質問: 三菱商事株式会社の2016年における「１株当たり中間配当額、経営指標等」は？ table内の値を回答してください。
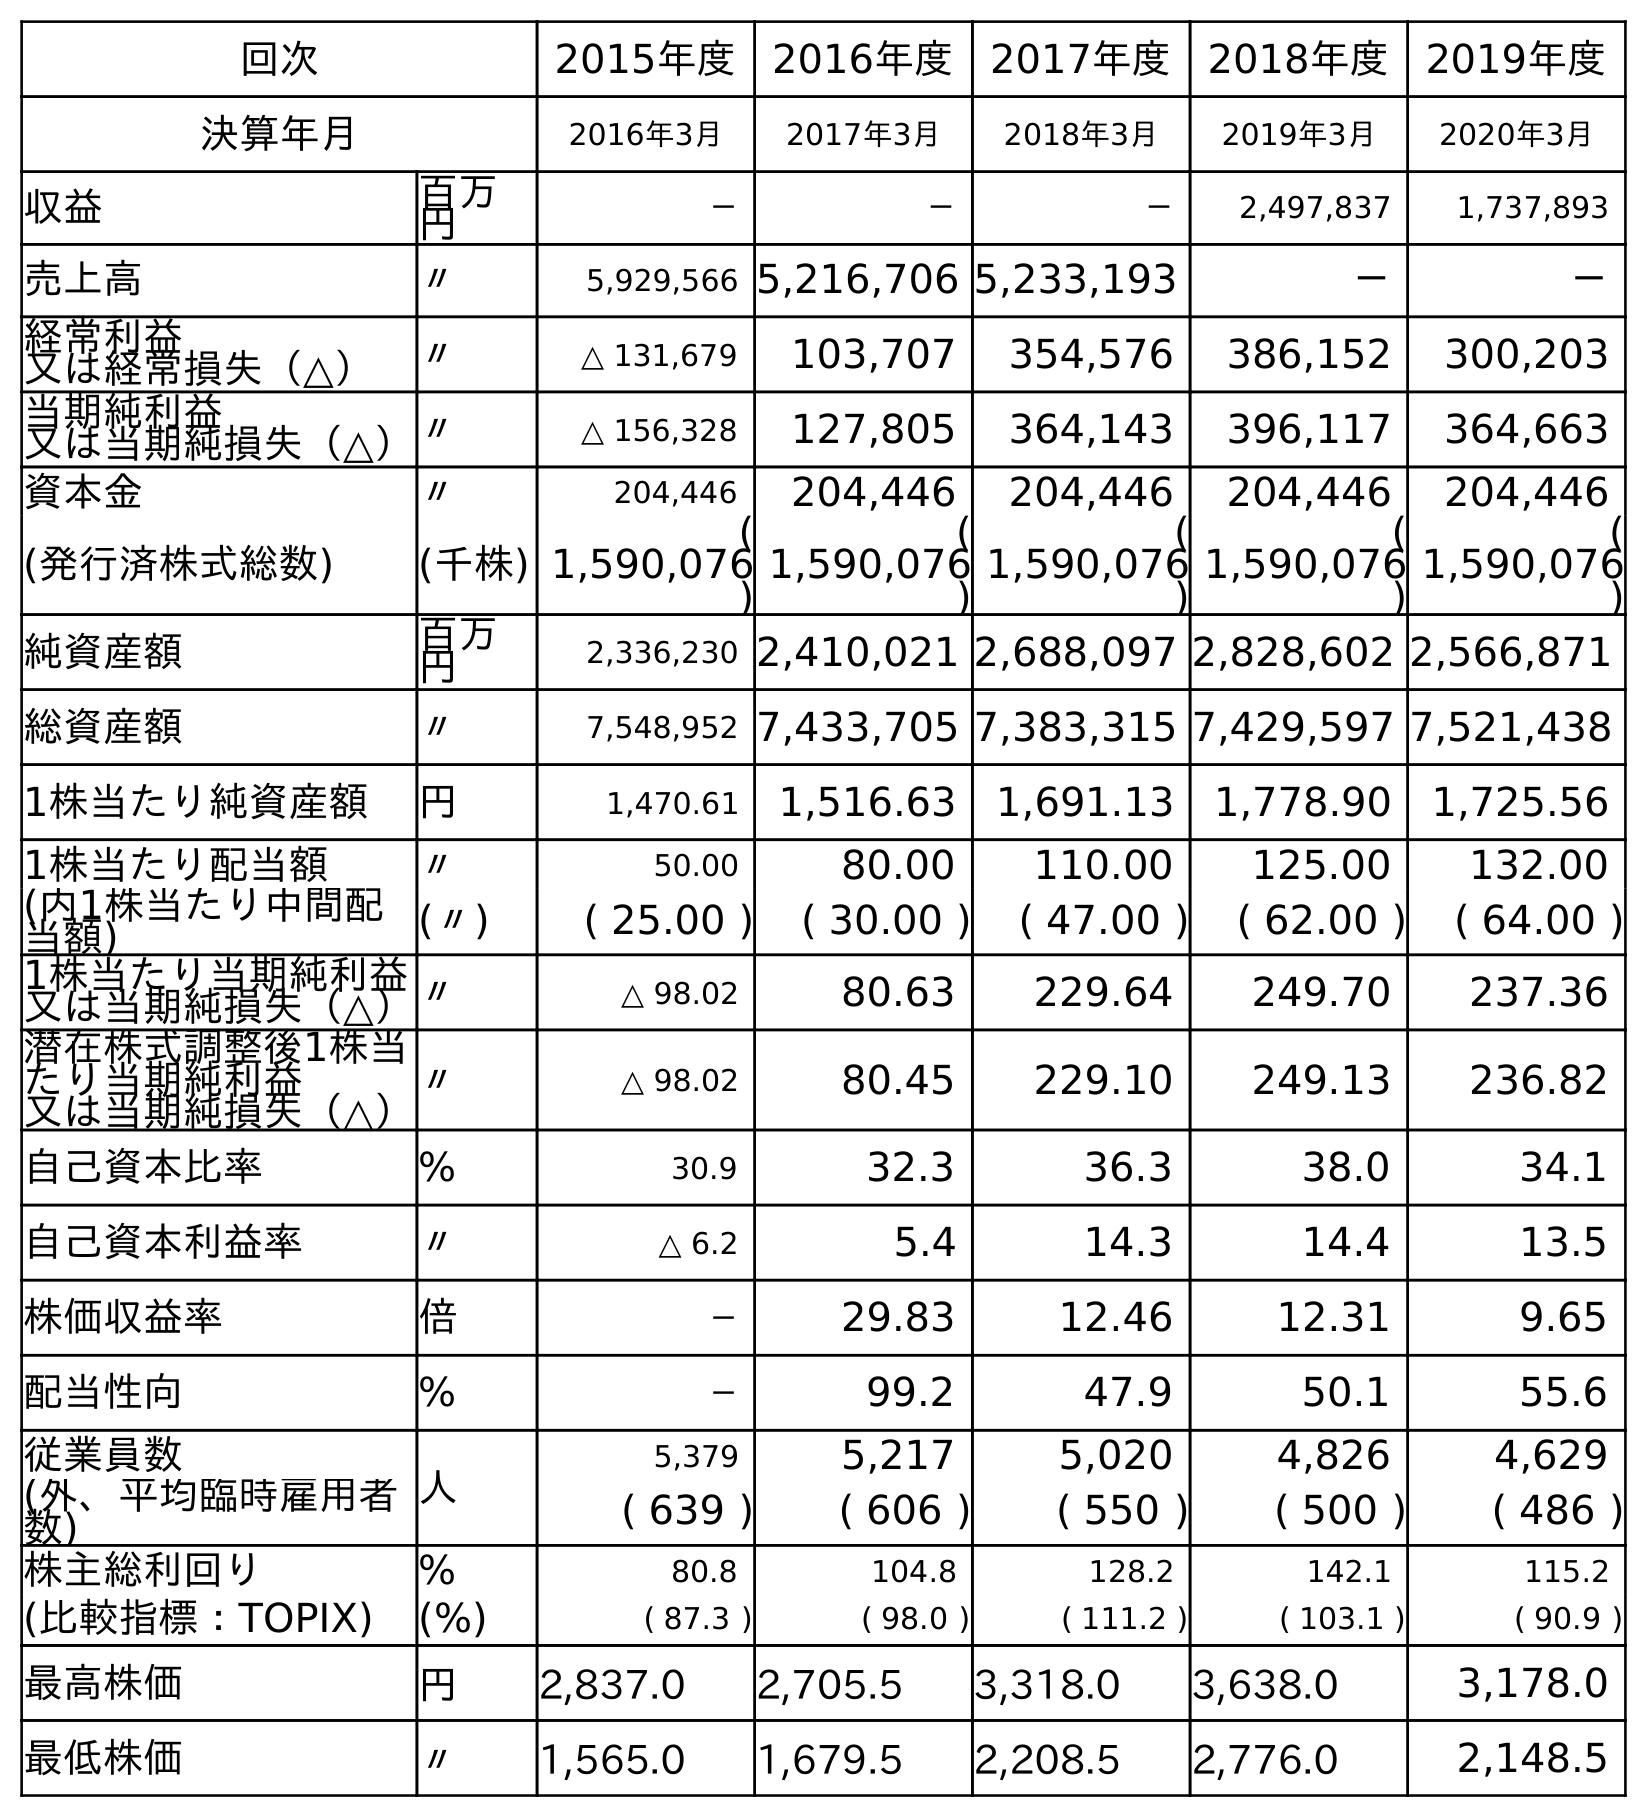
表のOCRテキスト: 回次 2015年度 2016年度 2017年度 2018年度 2019年度 決算年月 2016年3月 2017年3月 2018年3月 2019年3月 2020年3月 収益 百万 円 － － － 2,497,837 1,737,893 売上高 〃 5,929,566 5,216,706 5,233,193 － － 経常利益 又は経常損失（△） 〃 △ 131,679 103,707 354,576 386,152 300,203 当期純利益 又は当期純損失（△）〃 △ 156,328 127,805 364,143 396,117 364,663 資本金 〃 204,446 204,446 204,446 204,446 204,446 (発行済株式総数) (千株) ( 1,590,076 ) ( 1,590,076 ) ( 1,590,076 ) ( 1,590,076 ) ( 1,590,076 ) 純資産額 百万 円 2,336,230 2,410,021 2,688,097 2,828,602 2,566,871 総資産額 〃 7,548,952 7,433,705 7,383,315 7,429,597 7,521,438 1株当たり純資産額 円 1,470.61 1,516.63 1,691.13 1,778.90 1,725.56 1株当たり配当額 〃 50.00 80.00 110.00 125.00 132.00 (内1株当たり中間配 当額) (〃) ( 25.00 ) ( 30.00 ) ( 47.00 ) ( 62.00 ) ( 64.00 ) 1株当たり当期純利益 又は当期純損失（△）〃 △ 98.02 80.63 229.64 249.70 237.36 潜在株式調整後1株当 たり当期純利益 又は当期純損失（△） 〃 △ 98.02 80.45 229.10 249.13 236.82 自己資本比率 % 30.9 32.3 36.3 38.0 34.1 自己資本利益率 〃 △ 6.2 5.4 14.3 14.4 13.5 株価収益率 倍 － 29.83 12.46 12.31 9.65 配当性向 % － 99.2 47.9 50.1 55.6 従業員数 人 5,379 5,217 5,020 4,826 4,629 (外、平均臨時雇用者 数) ( 639 ) ( 606 ) ( 550 ) ( 500 ) ( 486 ) 株主総利回り % 80.8 104.8 128.2 142.1 115.2 (比較指標：TOPIX) (%) ( 87.3 ) ( 98.0 ) ( 111.2 ) ( 103.1 ) ( 90.9 ) 最高株価 円 2,837.0 2,705.5 3,318.0 3,638.0 3,178.0 最低株価 〃 1,565.0 1,679.5 2,208.5 2,776.0 2,148.5
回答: (25.00)